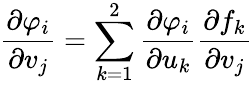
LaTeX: {\frac{\partial\varphi_{i}}{\partial v_{j}}}=\sum_{k=1}^{2}{\frac{\partial\varphi_{i}}{\partial u_{k}}}{\frac{\partial f_{k}}{\partial v_{j}}}